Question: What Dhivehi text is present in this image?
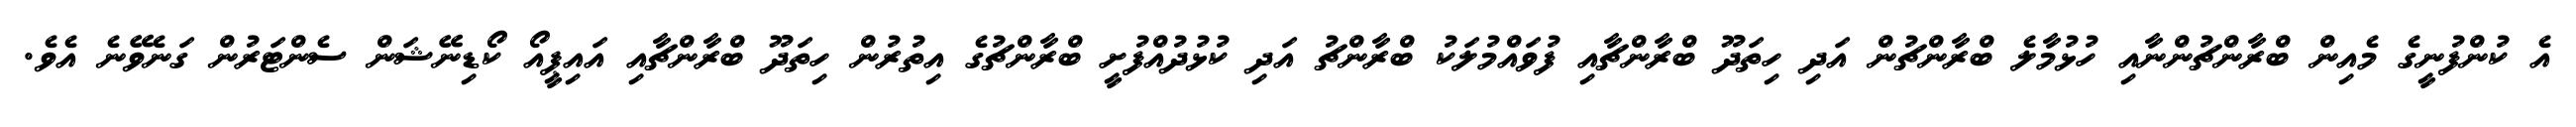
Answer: އެ ކުންފުނީގެ މެއިން ބްރާންޗުންނާއި ހުޅުމާލެ ބްރާންޗުން އަދި ހިތަދޫ ބްރާންޗާއި ފުވައްމުލަކު ބްރާންޗު އަދި ކުޅުދުއްފުށީ ބްރާންޗުގެ އިތުރުން ހިތަދޫ ބްރާންޗާއި އައިޕީއޯ ކޯޑިނޭޝަން ސެންޓަރުން ގަނެވޭނެ އެވެ.